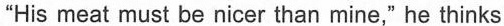
"His meat must be nicer than mine," he thinks